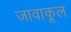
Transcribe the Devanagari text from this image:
जावाकूल